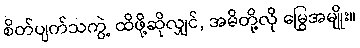
စိတ်ပျက်သကွဲ့ ထိဖို့ဆိုလျှင်, အမိတို့လို မြွေအမျိုး။